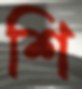
শি